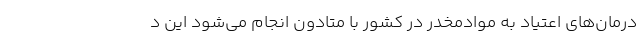
درمان‌های اعتیاد به موادمخدر در کشور با متادون انجام می‌شود این د